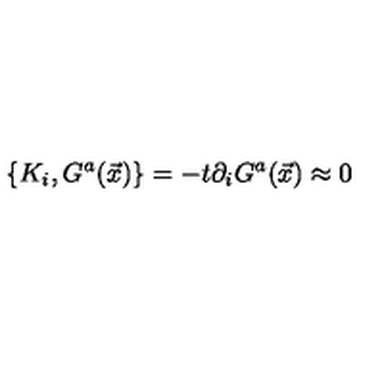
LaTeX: \{ K _ { i } , G ^ { a } ( \vec { x } ) \} = - t \partial _ { i } G ^ { a } ( \vec { x } ) \approx 0